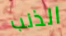
الذنب